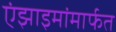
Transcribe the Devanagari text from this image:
एंझाइमांमार्फत